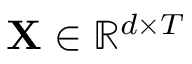
\mathbf { X } \in \mathbb { R } ^ { d \times T }